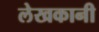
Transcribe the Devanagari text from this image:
लेखकानी